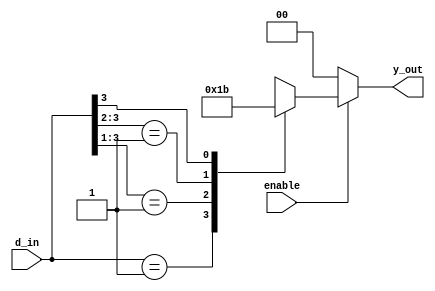
`timescale 1ns / 1ps
//////////////////////////////////////////////////////////////////////////////////
// Company: 
// Engineer: 
// 
// Design Name: 
// Module Name: priority_encoder_casex
// Project Name: 
// Target Devices: 
// Tool Versions: 
// Description: 
// 
// Dependencies: 
// 
// Revision:
// Revision 0.01 - File Created
// Additional Comments:
// 
//////////////////////////////////////////////////////////////////////////////////


module priority_encoder_casex(
    input enable,
    input [3:0] d_in,
    output reg [1:0] y_out
    );
    always@*
    if(enable=='b0)
        begin
        y_out='b0;
        end
    else
        begin
        casex(d_in)
        4'b0001:y_out=2'b00;
        4'b001x:y_out=2'b01;
        4'b01xx:y_out=2'b10;
        4'b1xxx:y_out=2'b11;
        default: y_out=2'bxx;    
        endcase
        end

endmodule